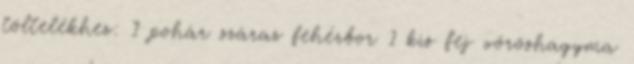
töltelékhez: 1 pohár száraz fehérbor 1 kis fej vöröshagyma